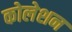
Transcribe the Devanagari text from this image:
कोलेशन